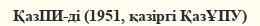
ҚазПИ-ді (1951, қазіргі ҚазҰПУ)